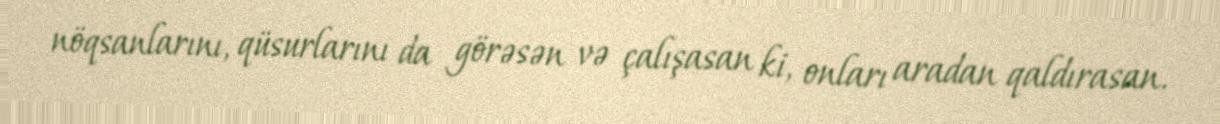
nöqsanlarını, qüsurlarını da görəsən və çalışasan ki, onları aradan qaldırasan.